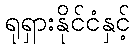
ရုရှားနိုင်ငံနှင့်